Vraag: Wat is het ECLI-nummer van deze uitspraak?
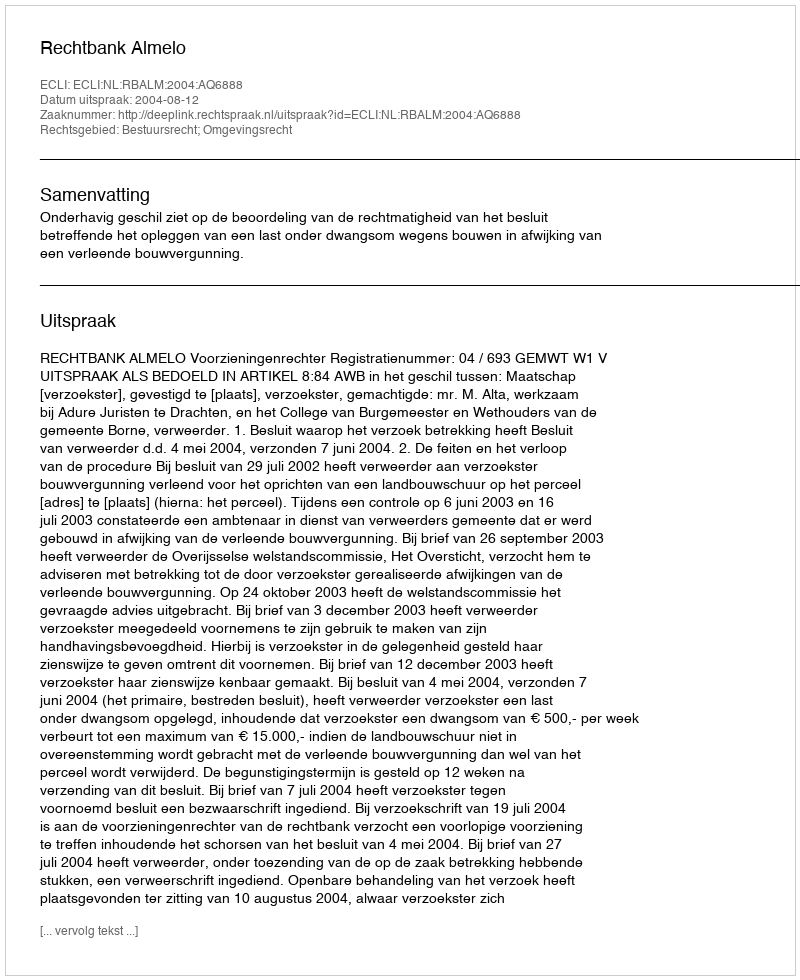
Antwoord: ECLI:NL:RBALM:2004:AQ6888